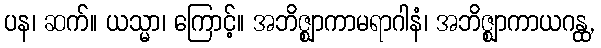
ပန၊ ဆက်။ ယသ္မာ၊ ကြောင့်။ အဘိဇ္ဈာကာမရာဂါနံ၊ အဘိဇ္ဈာကာယဂန္ထ,